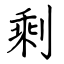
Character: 剩